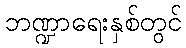
ဘဏ္ဍာရေးနှစ်တွင်